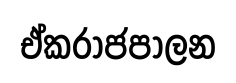
ඒකරාජපාලන